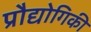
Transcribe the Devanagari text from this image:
प्रौद्योगिकी